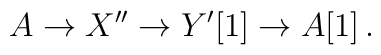
A \to X''\to Y' [1] \to A[1]\,.